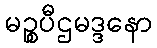
မဉ္စပီဌမဒ္ဒနော